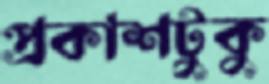
প্রকাশটুকু